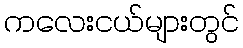
ကလေးငယ်များတွင်